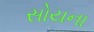
સોયના